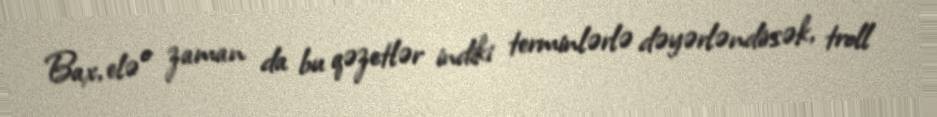
Bax, elə o zaman da bu qəzetlər indiki terminlərlə dəyərləndirsək, troll